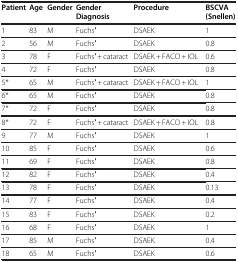
| Patient | Age | Gender | Gender Diagnosis | Procedure | BSCVA (Snellen) |
 | --- | --- | --- | --- | --- | --- |
 | 1 | 83 | M | Fuchs′ | DSAEK | 1 |
 | 2 | 56 | M | Fuchs′ | DSAEK | 0.8 |
 | 3 | 78 | F | Fuchs′ + cataract | DSAEK + FACO + IOL | 0.6 |
 | 4 | 72 | F | Fuchs′ | DSAEK | 0.8 |
 | 5* | 65 | M | Fuchs′ + cataract | DSAEK + FACO + IOL | 1 |
 | 6* | 65 | M | Fuchs′ | DSAEK | 0.8 |
 | 7* | 72 | F | Fuchs′ | DSAEK | 0.8 |
 | 8* | 72 | F | Fuchs′ + cataract | DSAEK + FACO + IOL | 0.8 |
 | 9 | 77 | M | Fuchs′ | DSAEK | 1 |
 | 10 | 85 | F | Fuchs′ | DSAEK | 0.6 |
 | 11 | 69 | F | Fuchs′ | DSAEK | 0.8 |
 | 12 | 82 | F | Fuchs′ | DSAEK | 0.4 |
 | 13 | 78 | F | Fuchs′ | DSAEK | 0.13 |
 | 14 | 77 | F | Fuchs′ | DSAEK | 0.4 |
 | 15 | 83 | F | Fuchs′ | DSAEK | 0.2 |
 | 16 | 68 | F | Fuchs′ | DSAEK | 1 |
 | 17 | 85 | M | Fuchs′ | DSAEK | 0.4 |
 | 18 | 65 | M | Fuchs′ | DSAEK | 0.6 |